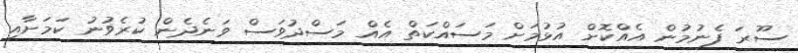
ސޫރަ ފެނުމުން އެއްކޮށް އުޅުމަށް މަސައްކަތް އެއް މަސްދުވަސް ވަނެދެން ކުރެވުނު ކަމަށާއި